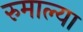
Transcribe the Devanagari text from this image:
रुमाल्या